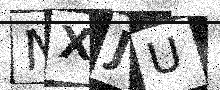
Text: NXJU